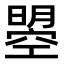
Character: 曌